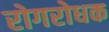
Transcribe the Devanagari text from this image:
रोगरोधक